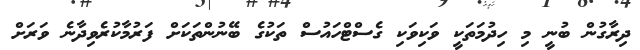
ދިރާގުން ބުނީ މި ހިދުމަތަކީ ވަކިވަކި ގެސްޓްހައުސް ތަކުގެ ބޭނުންތަކަށް ފަރުމާކުރެވިދާނެ ވަރަށް